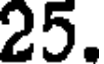
25.